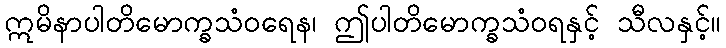
ဣမိနာပါတိမောက္ခသံဝရေန၊ ဤပါတိမောက္ခသံဝရနှင့် သီလနှင့်။